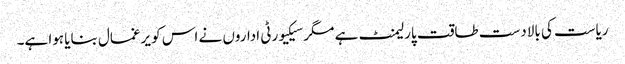
ریاست کی بالادست طاقت پارلیمنٹ ہے مگر سیکیورٹی اداروں نے اس کو یرغمال بنایا ہوا ہے۔